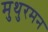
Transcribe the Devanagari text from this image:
मुथुरमन